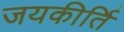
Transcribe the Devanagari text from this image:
जयकीर्ति